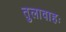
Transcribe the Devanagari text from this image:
तुलावाहः